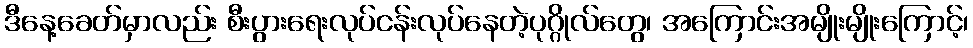
ဒီနေ့ခေတ်မှာလည်း စီးပွားရေးလုပ်ငန်းလုပ်နေတဲ့ပုဂ္ဂိုလ်တွေ၊ အကြောင်းအမျိုးမျိုးကြောင့်၊